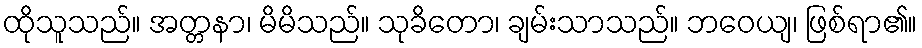
ထိုသူသည်။ အတ္တနာ၊ မိမိသည်။ သုခိတော၊ ချမ်းသာသည်။ ဘဝေယျ၊ ဖြစ်ရာ၏။